Treatise on elephants
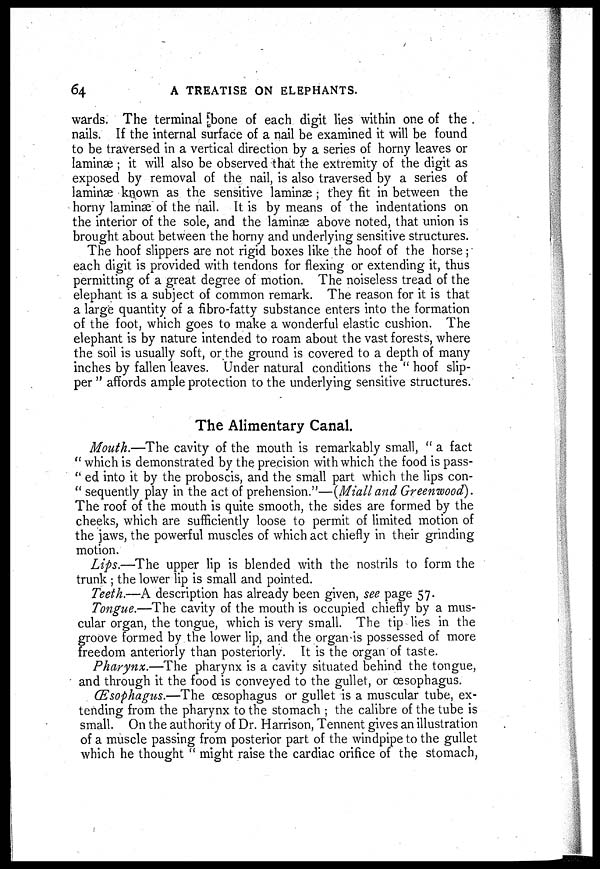
64
A TREATISE ON ELEPHANTS.
wards. The terminal bone of each digit lies within one of the
nails. If the internal surface of a nail be examined it will be found
to be traversed in a vertical direction by a series of horny leaves or
laminæ ; it will also be observed that the extremity of the digit as
exposed by removal of the nail, is also traversed by a series of
laminæ known as the sensitive laminae ; they fit in between the
horny laminæ of the nail. It is by means of the indentations on
the interior of the sole, and the laminæ above noted, that union is
brought about between the horny and underlying sensitive structures.
The hoof slippers are not rigid boxes like the hoof of the horse;
each digit is provided with tendons for flexing or extending it, thus
permitting of a great degree of motion. The noiseless tread of the
elephant is a subject of common remark. The reason for it is that
a large quantity of a fibro-fatty substance enters into the formation
of the foot, which goes to make a wonderful elastic cushion. The
elephant is by nature intended to roam about the vast forests, where
the soil is usually soft, or the ground is covered to a depth of many
inches by fallen leaves. Under natural conditions the " hoof slip-
per " affords ample protection to the underlying sensitive structures.
The Alimentary Canal.
Mouth.—The cavity of the mouth is remarkably small, " a fact
" which is demonstrated by the precision with which the food is pass-
" ed into it by the proboscis, and the small part which the lips con-
" sequently play in the act of prehension."—(Miall and Greenwood).
The roof of the mouth is quite smooth, the sides are formed by the
cheeks, which are sufficiently loose to permit of limited motion of
the jaws, the powerful muscles of which act chiefly in their grinding
motion.
Lips.—The upper lip is blended with the nostrils to form the
trunk ; the lower lip is small and pointed.
Teeth.—A description has already been given, see page 57.
Tongue.—The cavity of the mouth is occupied chiefly by a mus-
cular organ, the tongue, which is very small. The tip lies in the
groove formed by the lower lip, and the organ is possessed of more
freedom anteriorly than posteriorly. It is the organ of taste.
Pharynx.—The pharynx is a cavity situated behind the tongue,
and through it the food is conveyed to the gullet, or oesophagus.
Œsophagus.—The œsophagus or gullet is a muscular tube, ex-
tending from the pharynx to the stomach ; the calibre of the tube is
small. On the authority of Dr. Harrison, Tennent gives an illustration
of a muscle passing from posterior part of the windpipe to the gullet
which he thought " might raise the cardiac orifice of the stomach,